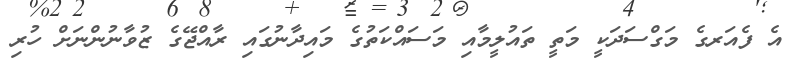
އެ ފެއަރގެ މަގްސަދަކީ މަތީ ތައުލީމާއި މަސައްކަތުގެ މައިދާނުގައި ރާއްޖޭގެ ޒުވާނުންނަށް ހުރި